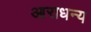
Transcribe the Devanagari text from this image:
आराधन्य